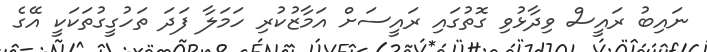
ނައިބު ރައީސް ވިދާޅުވި ގޮތުގައި ރައީސަށް އަމާޒުކުރި ހަމަލާ ފަދަ ތަހުގީގުތަކަކީ އޭގެ